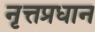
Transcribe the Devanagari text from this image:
नृत्तप्रधान